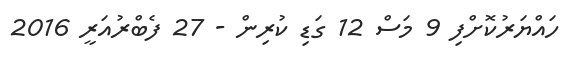
ހައްޔަރުކޮށްފި 9 މަސް 12 ގަޑި ކުރިން - 27 ފެބްރުއަރީ 2016